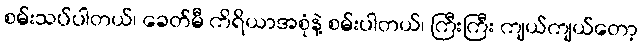
စမ်းသပ်ပါတယ်၊ ခေတ်မီ ကိရိယာအစုံနဲ့ စမ်းပါတယ်၊ ကြီးကြီး ကျယ်ကျယ်တော့